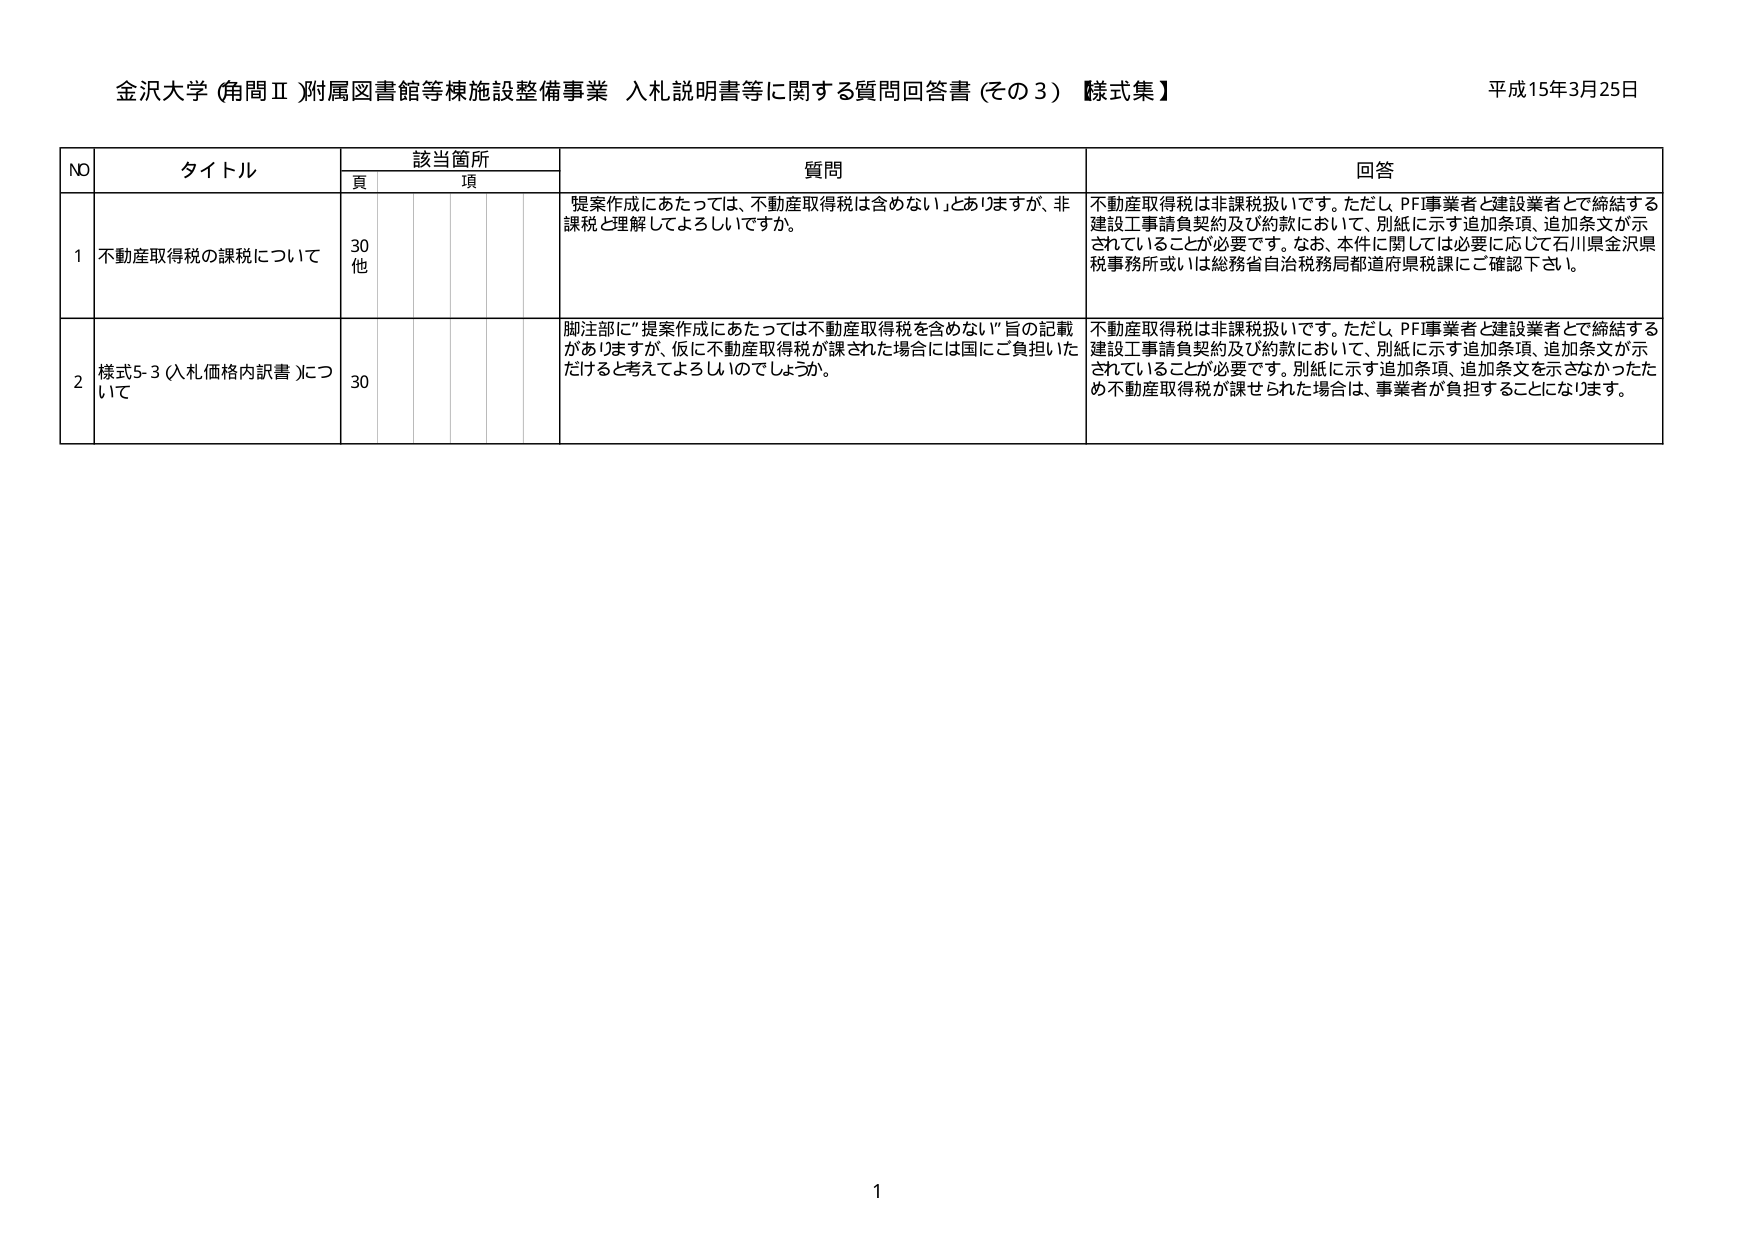
金沢大学 (角問Ⅱ)附属図書館等棟施設整備事業 入札説明書等に関する質問回答書 (その3) 【様式集】 平成15年3月25日

NO タイトル 該当箇所 質問 回答
頁 項

1 不動産取得税の課税について 30 他 提案作成にあたっては、不動産取得税は含めない」とありますが、非課税と理解してよろしいですか。 不動産取得税は非課税扱いです。ただし、PF事業者と建設業者とで締結する建設工事請負契約及び約款において、別紙に示す追加条項、追加条文が示されていることが必要です。なお、本件に関しては必要に応じて石川県金沢県税事務所或いは総務省自治税務局都道府県税課にご確認下さい。

2 様式5-3 (入札価格内訳書)について 30 脚注部に“提案作成にあたっては不動産取得税を含めない”旨の記載がありますが、仮に不動産取得税が課された場合には国にご負担いただけると考えてよろしいのでしょうか。 不動産取得税は非課税扱いです。ただし、PF事業者と建設業者とで締結する建設工事請負契約及び約款において、別紙に示す追加条項、追加条文が示されていることが必要です。別紙に示す追加条項、追加条文を示さなかったため不動産取得税が課せられた場合は、事業者が負担することになります。

1